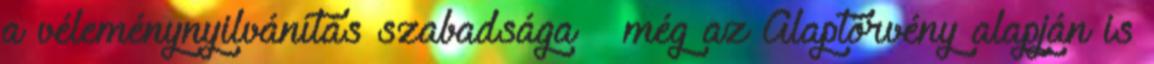
a véleménynyilvánítás szabadsága – még az Alaptörvény alapján is